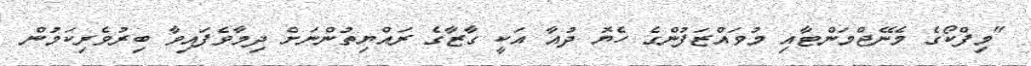
"މިފްކޯގެ މެނޭޖްމަންޓާއި މުވައްޒަފުންގެ ހެޔޮ ދުއާ އަކީ ގާޒާގެ ރައްޔިތުންނަށް ދިމާވެފައިވާ ބިރުވެރިކަމުން